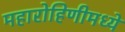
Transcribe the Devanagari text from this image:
महारोहिणीमध्ये